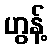
ဟွန့်